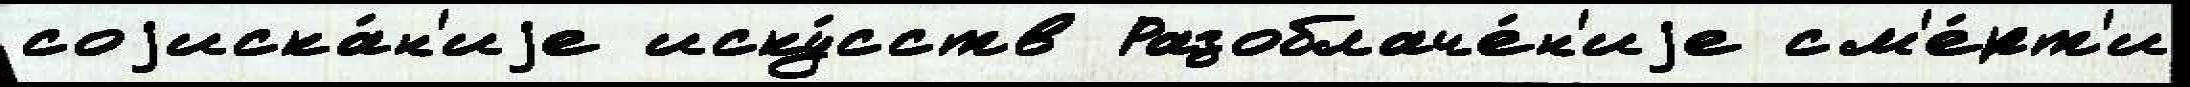
соjиска́н'иjе иску́сств Разоблаче́н'иjе см'е́рт'и